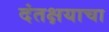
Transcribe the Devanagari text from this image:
दंतक्षयाचा